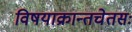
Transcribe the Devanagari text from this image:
विषयाक्रान्तचेतसः